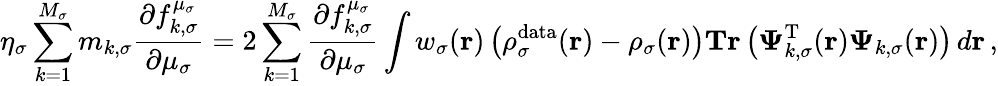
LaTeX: \eta_{\sigma}\sum_{k=1}^{M_{\sigma}}m_{k,\sigma}\frac{\partial f_{k,\sigma}^{\mu_{\sigma}}}{\partial\mu_{\sigma}}=2\sum_{k=1}^{M_{\sigma}}\frac{\partial f_{k,\sigma}^{\mu_{\sigma}}}{\partial\mu_{\sigma}}\int w_{\sigma}(\boldsymbol{\textbf{r}})\left(\rho_{\sigma}^{\mathrm{data}}(\boldsymbol{\textbf{r}})-\rho_{\sigma}(\boldsymbol{\textbf{r}})\right)\textbf{Tr}\left(\boldsymbol{\Psi}_{k,\sigma}^{\mathrm{T}}(\boldsymbol{\textbf{r}})\boldsymbol{\Psi}_{k,\sigma}(\boldsymbol{\textbf{r}})\right)\, d\boldsymbol{\textbf{r}}\, ,